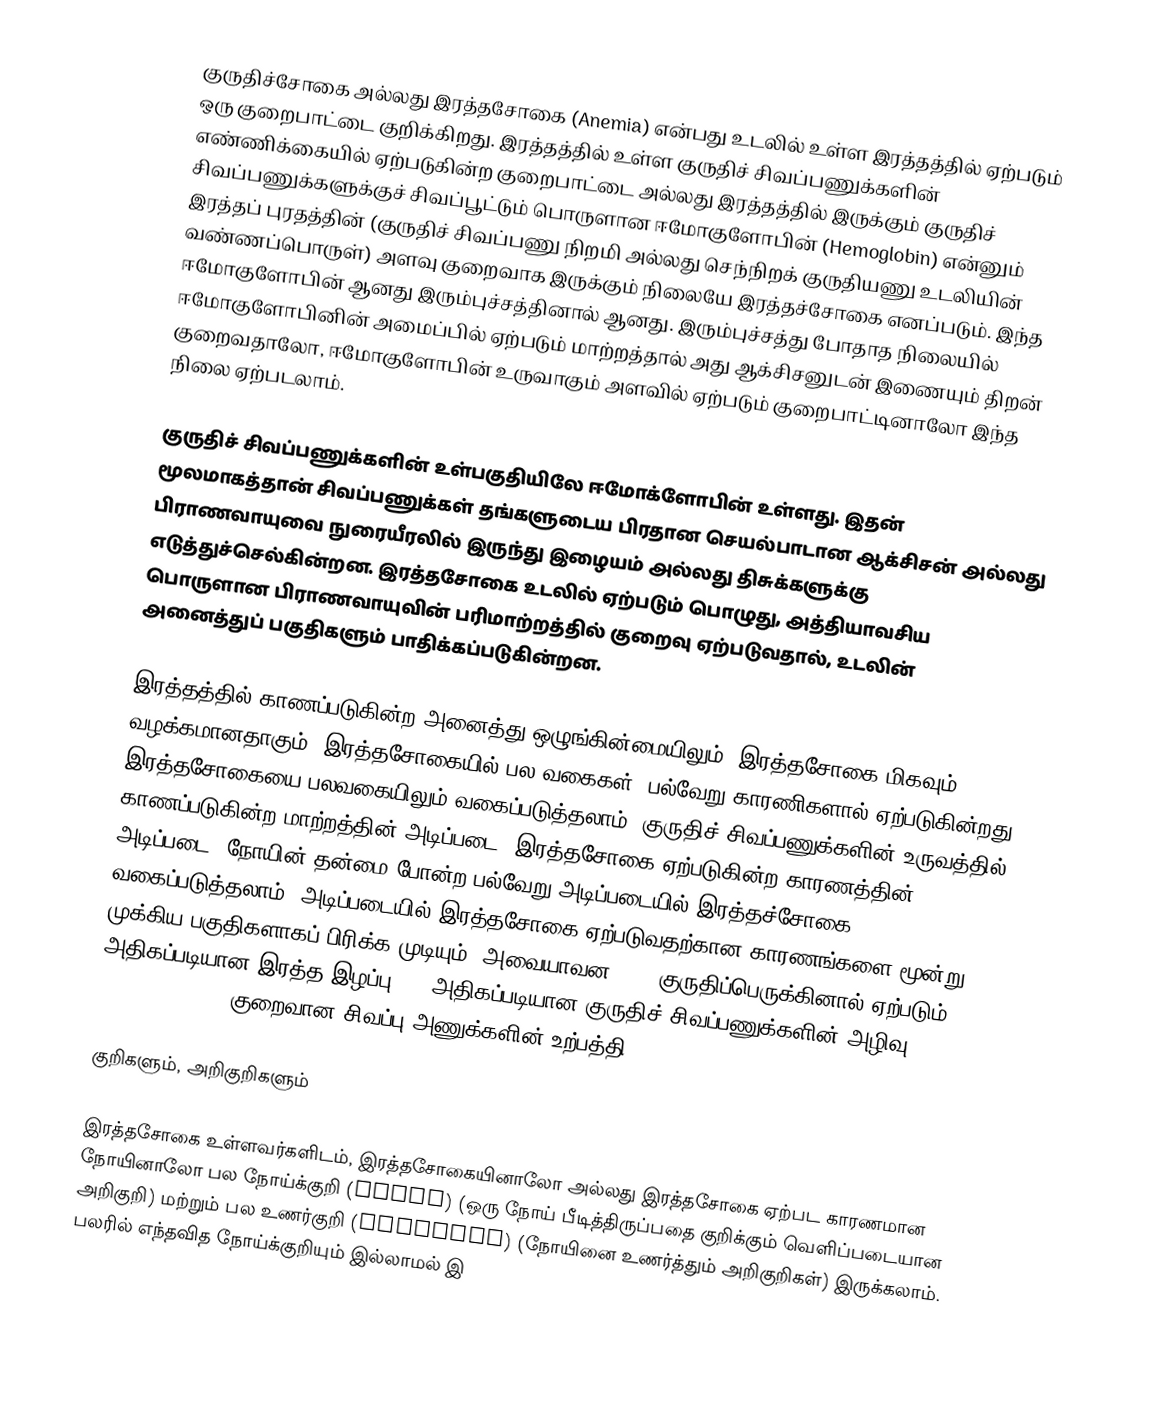
குருதிச்சோகை அல்லது இரத்தசோகை (Anemia) என்பது உடலில் உள்ள இரத்தத்தில்  ஏற்படும் ஒரு குறைபாட்டை குறிக்கிறது. இரத்தத்தில் உள்ள குருதிச் சிவப்பணுக்களின் எண்ணிக்கையில் ஏற்படுகின்ற குறைபாட்டை அல்லது இரத்தத்தில் இருக்கும் குருதிச் சிவப்பணுக்களுக்குச் சிவப்பூட்டும் பொருளான ஈமோகுளோபின் (Hemoglobin) என்னும் இரத்தப் புரதத்தின் (குருதிச் சிவப்பணு நிறமி அல்லது செந்நிறக் குருதியணு உடலியின் வண்ணப்பொருள்) அளவு குறைவாக இருக்கும் நிலையே இரத்தச்சோகை எனப்படும். இந்த ஈமோகுளோபின் ஆனது இரும்புச்சத்தினால் ஆனது. இரும்புச்சத்து போதாத நிலையில் ஈமோகுளோபினின் அமைப்பில் ஏற்படும் மாற்றத்தால் அது ஆக்சிசனுடன் இணையும் திறன் குறைவதாலோ, ஈமோகுளோபின் உருவாகும் அளவில் ஏற்படும் குறைபாட்டினாலோ இந்த நிலை ஏற்படலாம்.

குருதிச் சிவப்பணுக்களின் உள்பகுதியிலே ஈமோக்ளோபின் உள்ளது. இதன்  மூலமாகத்தான் சிவப்பணுக்கள் தங்களுடைய பிரதான செயல்பாடான ஆக்சிசன் அல்லது பிராணவாயுவை  நுரையீரலில் இருந்து இழையம் அல்லது திசுக்களுக்கு எடுத்துச்செல்கின்றன.   இரத்தசோகை உடலில் ஏற்படும் பொழுது, அத்தியாவசிய பொருளான  பிராணவாயுவின் பரிமாற்றத்தில் குறைவு ஏற்படுவதால், உடலின் அனைத்துப் பகுதிகளும் பாதிக்கப்படுகின்றன.

இரத்தத்தில் காணப்படுகின்ற அனைத்து ஒழுங்கின்மையிலும்,  இரத்தசோகை மிகவும் வழக்கமானதாகும்.  இரத்தசோகையில் பல வகைகள், பல்வேறு காரணிகளால் ஏற்படுகின்றது. இரத்தசோகையை பலவகையிலும் வகைப்படுத்தலாம். குருதிச் சிவப்பணுக்களின் உருவத்தில் காணப்படுகின்ற மாற்றத்தின் அடிப்படை,  இரத்தசோகை ஏற்படுகின்ற காரணத்தின்  அடிப்படை, நோயின் தன்மை போன்ற பல்வேறு அடிப்படையில் இரத்தச்சோகை வகைப்படுத்தலாம். அடிப்படையில் இரத்தசோகை  ஏற்படுவதற்கான காரணங்களை மூன்று முக்கிய பகுதிகளாகப் பிரிக்க முடியும். அவையாவன: (1) குருதிப்பெருக்கினால் ஏற்படும் அதிகப்படியான இரத்த இழப்பு (2) அதிகப்படியான குருதிச் சிவப்பணுக்களின் அழிவு (Hemolysis) (3) குறைவான சிவப்பு அணுக்களின் உற்பத்தி.

குறிகளும், அறிகுறிகளும்

இரத்தசோகை உள்ளவர்களிடம், இரத்தசோகையினாலோ  அல்லது இரத்தசோகை  ஏற்பட காரணமான நோயினாலோ பல  நோய்க்குறி (signs) (ஒரு நோய் பீடித்திருப்பதை குறிக்கும் வெளிப்படையான அறிகுறி) மற்றும் பல உணர்குறி (Symptoms) (நோயினை உணர்த்தும் அறிகுறிகள்) இருக்கலாம். பலரில் எந்தவித நோய்க்குறியும் இல்லாமல் இ